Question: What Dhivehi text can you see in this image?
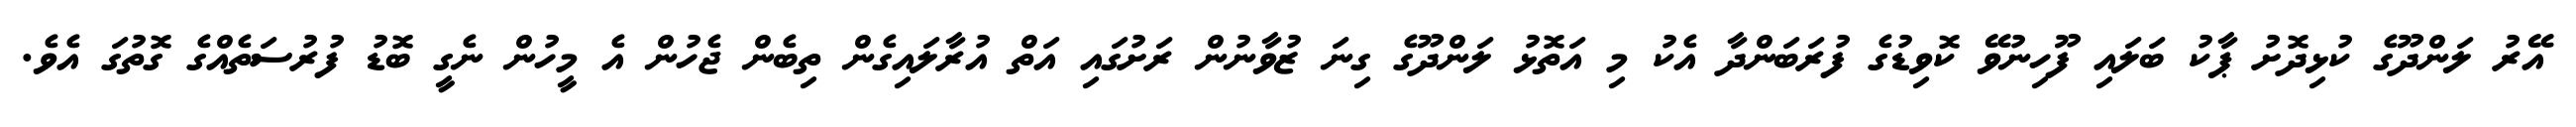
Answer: އޭރު ލަންދޫގެ ކުޅިދޮށު ޕާކު ބަލައި ފޫހިނުވޭ ކޮވިޑުގެ ފުރަބަންދާ އެކު މި އަތޮޅު ލަންދޫގެ ގިނަ ޒުވާނުން ރަށުގައި އަތް އުރާލައިގެން ތިބެން ޖެހުން އެ މީހުން ނެގީ ބޮޑު ފުރުސަތެއްގެ ގޮތުގަ އެވެ.